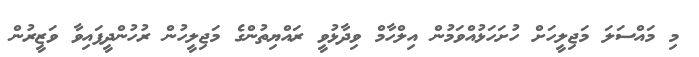
މި މައްސަލަ މަޖިލީހަށް ހުށަހަޅުއްވަމުން އިލްހާމް ވިދާޅުވީ ރައްޔިތުންގެ މަޖިލީހުން ރުހުންދީފައިވާ ވަޒީރުން